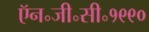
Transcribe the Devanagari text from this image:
ऍन॰जी॰सी॰१९९०